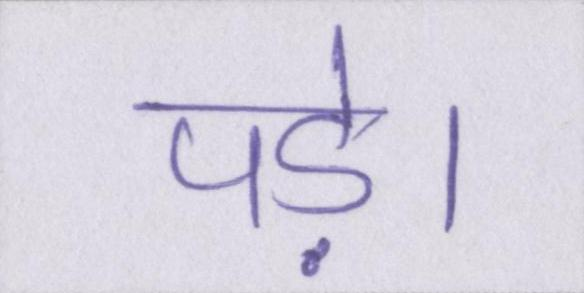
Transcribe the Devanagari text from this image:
पड़े।